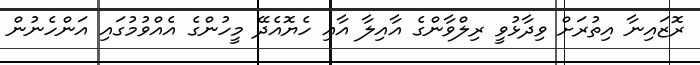
ރޮޒައިނާ އިތުރަށް ވިދާޅުވީ ރިލްވާންގެ އާއިލާ އާއި ހެޔޮއެދޭ މީހުންގެ އެއްވުމުގައި އަންހެނުން